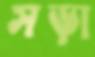
সড়া